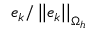
\boldsymbol { e } _ { k } / \left| \left| \boldsymbol { e } _ { k } \right| \right| _ { \Omega _ { h } }